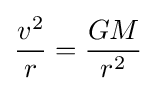
{v^{2} \over r}={GM \over r^{2}}